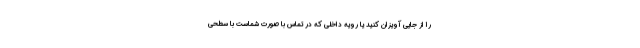
را از جایی آویزان کنید یا رویه داخلی که در تماس با صورت شماست با سطحی